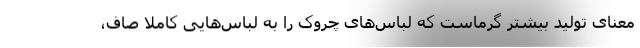
معنای تولید بیشتر گرماست که لباس‌های چروک را به لباس‌هایی کاملاً صاف،